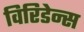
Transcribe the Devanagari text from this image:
विरिडेन्स